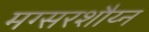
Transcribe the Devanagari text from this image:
मग्सरशौय्न